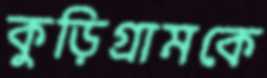
কুড়িগ্রামকে